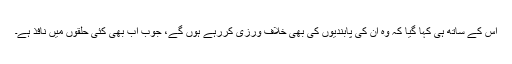
اس کے ساتھ ہی کہا گیا کہ وہ ان کی پابندیوں کی بھی خلاف ورزی کررہے ہوں گے، جوب اب بھی کئی حلقوں میں نافذ ہے۔